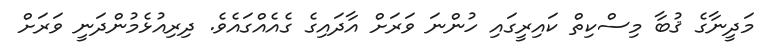
މަދީނާގެ ޤުބާ މިސްކިތް ކައިރީގައި ހުންނަ ވަރަށް އާދައިގެ ގެއެއްގައެވެ. ދިރިއުޅެމުންދަނީ ވަރަށް